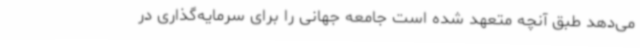
می‌دهد طبق آنچه متعهد شده است جامعه جهانی را برای سرمایه‌گذاری در